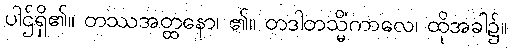
ပါဌ်ရှိ၏။ တဿအတ္ထနော၊ ၏။ တဒါတသ္မိံကာလေ၊ ထိုအခါ၌။